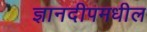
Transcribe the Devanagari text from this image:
ज्ञानदीपमधील